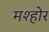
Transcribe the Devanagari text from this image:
मश्होर